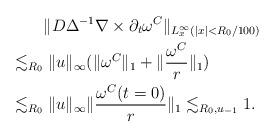
LaTeX: \begin{align*} & \| D \Delta^{-1} \nabla \times \partial_t \omega^C \|_{L_x^{\infty}(|x|<R_0/100)} \\ \lesssim_{R_0} &\; \| u\|_{\infty} (\|\omega^C \|_{1} +\| \frac{\omega^C} r \|_{1}) \\ \lesssim_{R_0} & \; \|u\|_{\infty} \| \frac{\omega^C(t=0)} r \|_{1} \lesssim_{R_0,u_{-1} } 1. \\ \end{align*}